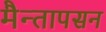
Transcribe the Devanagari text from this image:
मैन्तापसन